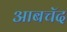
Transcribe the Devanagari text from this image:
आबचॅद